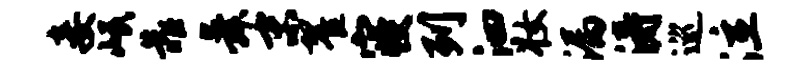
妾岷靠舜末翟寝列泗妆漏涛巡泣